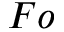
F o